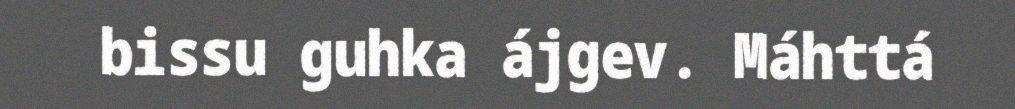
bissu guhka ájgev. Máhttá